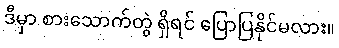
ဒီမှာ စားသောက်တွဲ ရှိရင် ပြောပြနိုင်မလား။